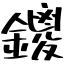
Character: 鑁